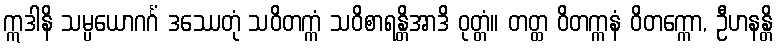
ဣဒါနိ သမ္ပယောဂင်္ဂံ ဒဿေတုံ သဝိတက္ကံ သဝိစာရန္တိအာဒိ ဝုတ္တံ။ တတ္ထ ဝိတက္ကနံ ဝိတက္ကော, ဦဟနန္တိ